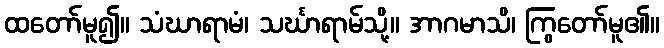
ထတော်မူ၍။ သံဃာရာမံ၊ သင်္ဃာရာမ်သို့။ အာဂမာသိ၊ ကြွတော်မူ၏။